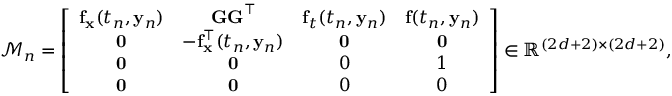
{ \mathcal { M } } _ { n } = \left[ { \begin{array} { c c c c } { \mathbf { f } _ { \mathbf { x } } ( t _ { n } , \mathbf { y } _ { n } ) } & { \mathbf { G G } ^ { \intercal } } & { \mathbf { f } _ { t } ( t _ { n } , \mathbf { y } _ { n } ) } & { \mathbf { f } ( t _ { n } , \mathbf { y } _ { n } ) } \\ { \mathbf { 0 } } & { - \mathbf { f } _ { \mathbf { x } } ^ { \intercal } ( t _ { n } , \mathbf { y } _ { n } ) } & { \mathbf { 0 } } & { \mathbf { 0 } } \\ { \mathbf { 0 } } & { \mathbf { 0 } } & { 0 } & { 1 } \\ { \mathbf { 0 } } & { \mathbf { 0 } } & { 0 } & { 0 } \end{array} } \right] \in \mathbb { R } ^ { ( 2 d + 2 ) \times ( 2 d + 2 ) } ,